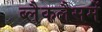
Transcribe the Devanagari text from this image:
ब्लैकलैसमें